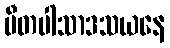
ပီတပါသာဒသယနေ